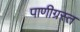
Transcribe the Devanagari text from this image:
पाणीग्रस्त